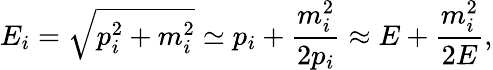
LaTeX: E_{i}={\sqrt{p_{i}^{2}+m_{i}^{2}}}\simeq p_{i}+{\frac{m_{i}^{2}}{2p_{i}}}\approx E+{\frac{m_{i}^{2}}{2E}},